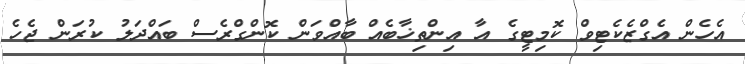
އެހެން އެގްޒެކެޓިވް ކޮމިޓީގެ އާ އިންތިޚާބެއް ބާއްވަން ކޮންގްރެސް ބައްދަލު ކުރަން ޖެހެ